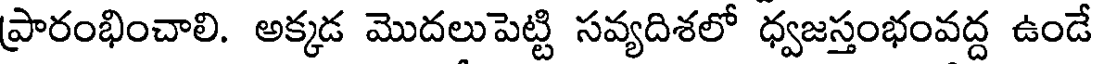
ప్రారంభించాలి. అక్కడ మొదలుపెట్టి సవ్యదిశలో ధ్వజస్తంభంవద్ద ఉండే